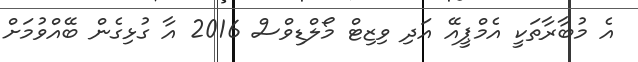
އެ މުބާރާތަކީ އެމްޕީއޭ އަދި ވިޒިޓް މޯލްޑިވްސް 2016 އާ ގުޅިގެން ބޭއްވުމަށް